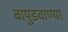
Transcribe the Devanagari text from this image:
बापुडवाण्या